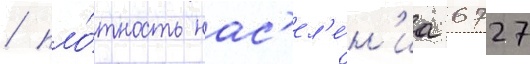
/ пло́тность нас'ел'е́н'иа 6727